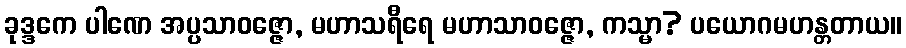
ခုဒ္ဒကေ ပါဏေ အပ္ပသာဝဇ္ဇော, မဟာသရီရေ မဟာသာဝဇ္ဇော, ကသ္မာ? ပယောဂမဟန္တတာယ။